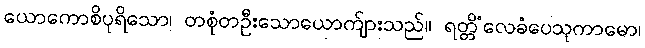
ယောကောစိပုရိသော၊ တစုံတဦးသောယောက်ျားသည်။ ရတ္တိံလေခံပေသုကာမော၊